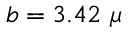
b = 3 . 4 2 ~ \mu